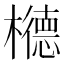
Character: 𱤰